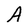
Character: A